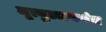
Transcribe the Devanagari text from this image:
मृत्युञ्जयमंत्र